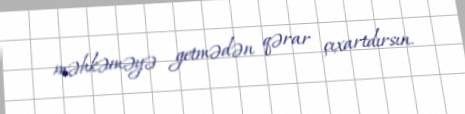
məhkəməyə getmədən qərar çıxartdırsın.